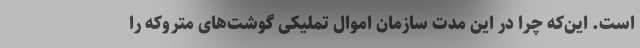
است. این‌که چرا در این مدت سازمان اموال تملیکی گوشت‌های متروکه را